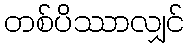
တစ်ပိဿာလျှင်